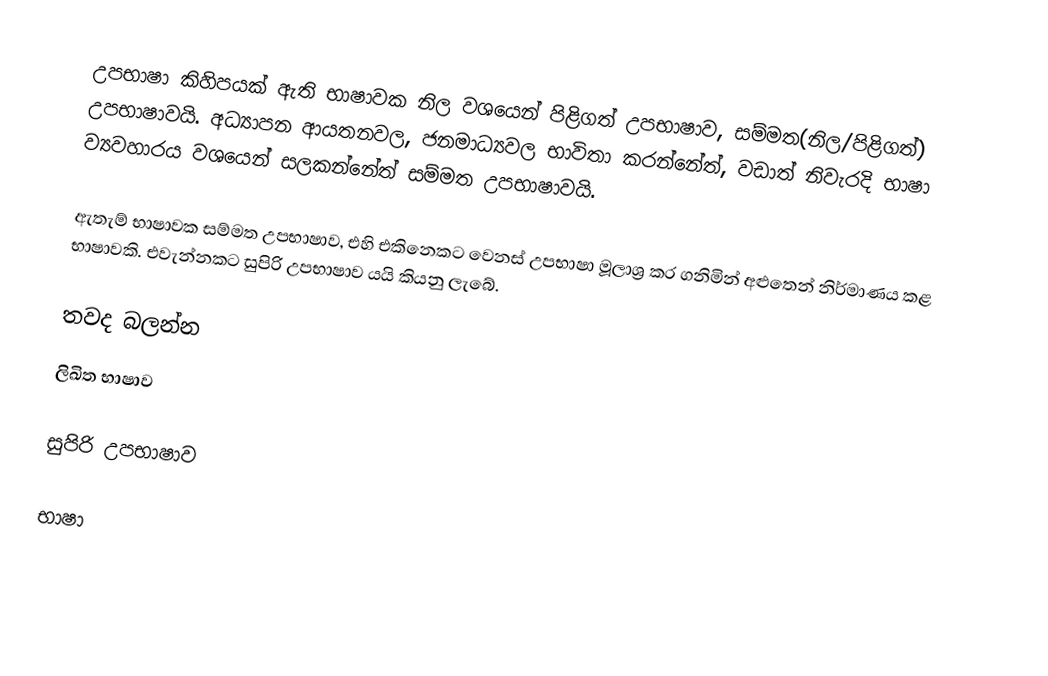
උපභාෂා කිහිපයක් ඇති භාෂාවක නිල වශයෙන් පිළිගත් උපභාෂාව, සම්මත(නිල/පිළිගත්) උපභාෂාවයි. අධ්‍යාපන ආයතනවල, ජනමාධ්‍යවල භාවිතා කරන්නේත්, වඩාත් නිවැරදි භාෂා ව්‍යවහාරය වශයෙන් සලකන්නේත් සම්මත උපභාෂාවයි.

ඇතැම් භාෂාවක සම්මත උපභාෂාව​, එහි එකිනෙකට වෙනස් උපභාෂා මූලාශ්‍ර කර ගනිමින් අළුතෙන් නිර්මාණය කළ භාෂාවකි. එවැන්නකට සුපිරි උපභාෂාව යයි කියනු ලැබේ.

තවද බලන්න
 ලිඛිත භාෂාව​

 සුපිරි උපභාෂාව

භාෂා